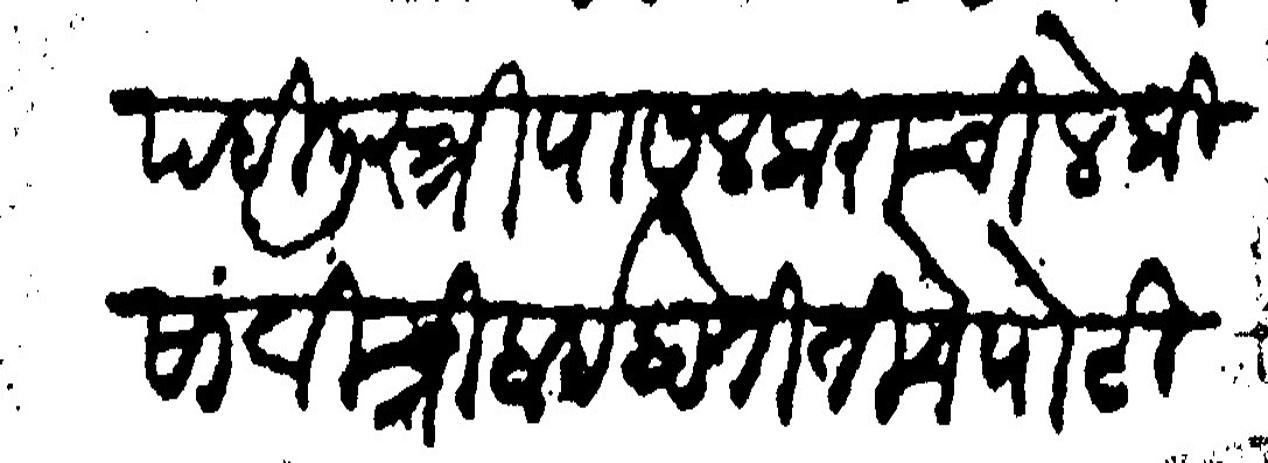
Transliteration (Devanagari): पहिली स्त्री पासलकराची लेकी सावित्रीबाई होती तिचे पोटी